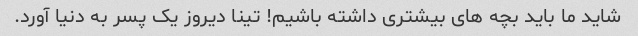
شاید ما باید بچه های بیشتری داشته باشیم! تینا دیروز یک پسر به دنیا آورد.